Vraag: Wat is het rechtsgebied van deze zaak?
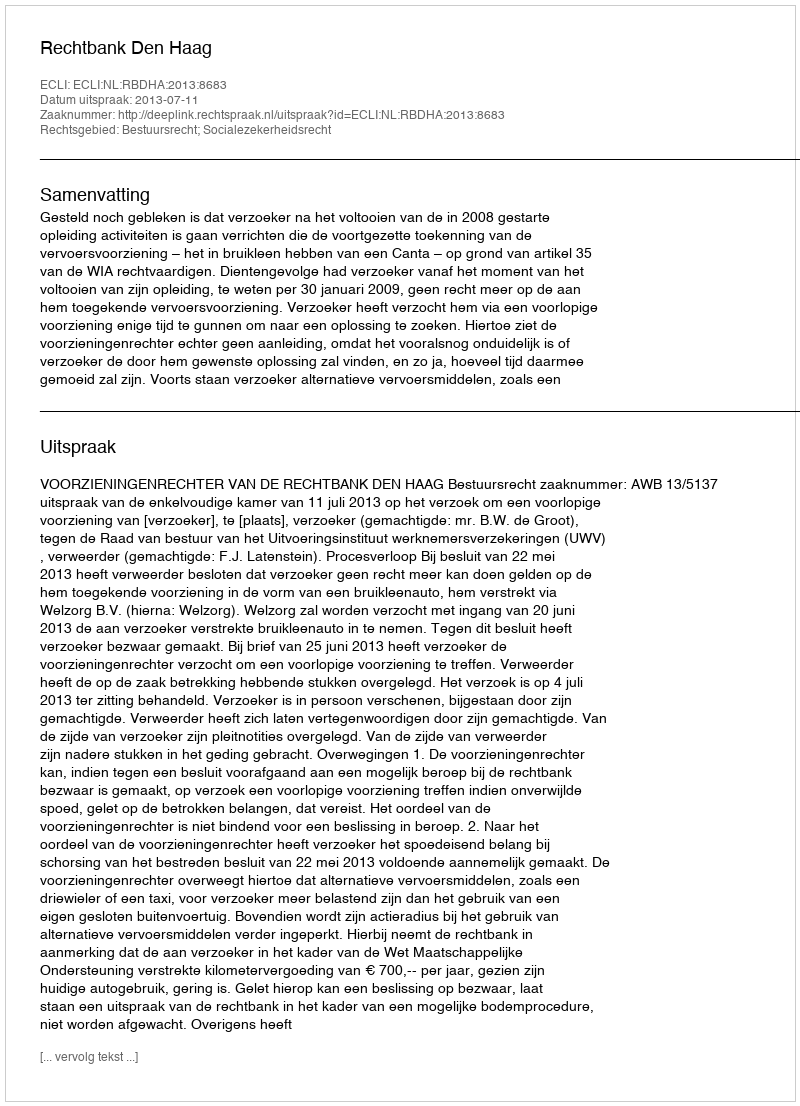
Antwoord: Bestuursrecht; Socialezekerheidsrecht